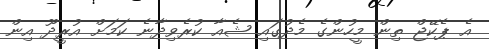
އެ ޕެކޭޖް ތިން މީހުންގެ މެދުގައި ޝެއާ ކުރެވިދާނެ ކަމަށް އުރީދޫ އިން